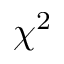
\chi ^ { 2 }